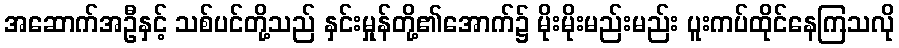
အဆောက်အဦနှင့် သစ်ပင်တို့သည် နှင်းမှုန်တို့၏အောက်၌ မိုးမိုးမည်းမည်း ပူးကပ်ထိုင်နေကြသလို